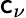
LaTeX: \mathsf{c}_{\nu}